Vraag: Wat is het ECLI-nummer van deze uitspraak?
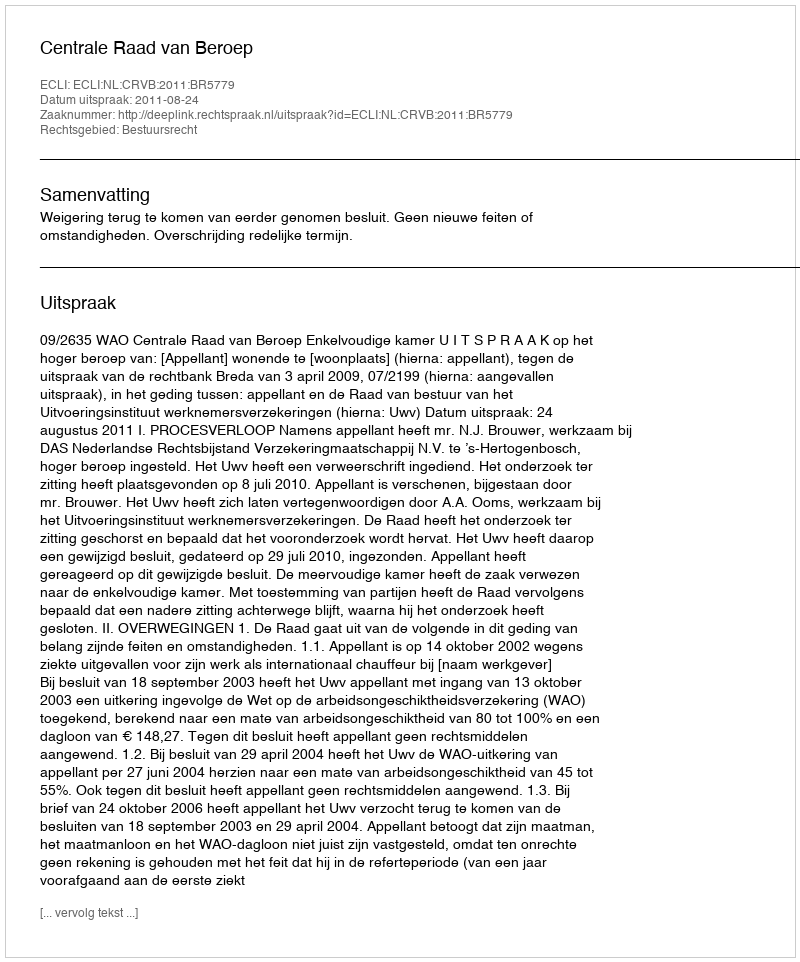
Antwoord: ECLI:NL:CRVB:2011:BR5779